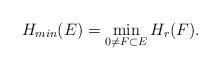
LaTeX: \begin{align*}H_{min}(E)=\min\limits_{0 \neq F \subset E} H_r(F).\end{align*}